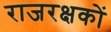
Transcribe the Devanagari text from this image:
राजरक्षकों